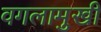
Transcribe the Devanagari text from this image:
वगलामुखी